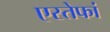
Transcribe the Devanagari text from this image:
एस्तेफां